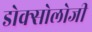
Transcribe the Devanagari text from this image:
डोक्सोलोजी